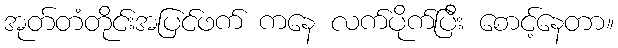
အုတ်တံတိုင်းအပြင်ဖက် ကနေ လက်ပိုက်ပြီး စောင့်နေတာ။